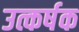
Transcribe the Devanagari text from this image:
उत्कर्षक